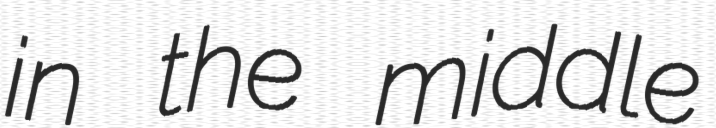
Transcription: in the middle